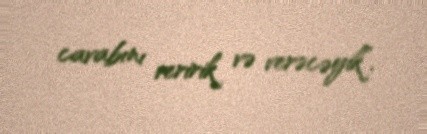
cavabını veririk və verəcəyik”.